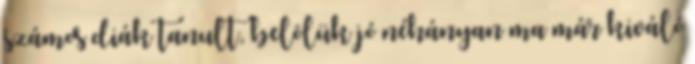
számos diák tanult, belôlük jó néhányan ma már kiváló